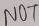
Text: NOT